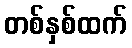
တစ်နှစ်ထက်